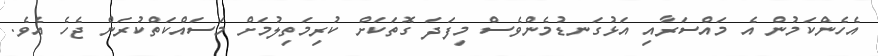
އެހެންކަމުން އެ މައްސަރާއި އަޅުގަނޑުމެންވެސް މިފަދަ ގޮތަކަށް ކުރިމަތިލުމަށް މަސައްކަތްކުރަން ޖެހެ އެވެ.